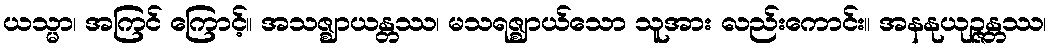
ယသ္မာ၊ အကြင် ကြောင့်။ အသဇ္ဈာယန္တဿ၊ မသရဇ္ဈာယ်သော သူအား လည်းကောင်း။ အနနုယုဉ္ဇန္တဿ၊